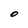
Character: O